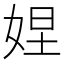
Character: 𱙕